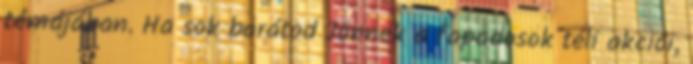
témájában. Ha sok barátod Jönnek a fapadosok téli akciói,